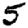
Digit: 5